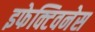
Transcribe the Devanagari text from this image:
इफेक्टिवनेस